Indian Medical Review
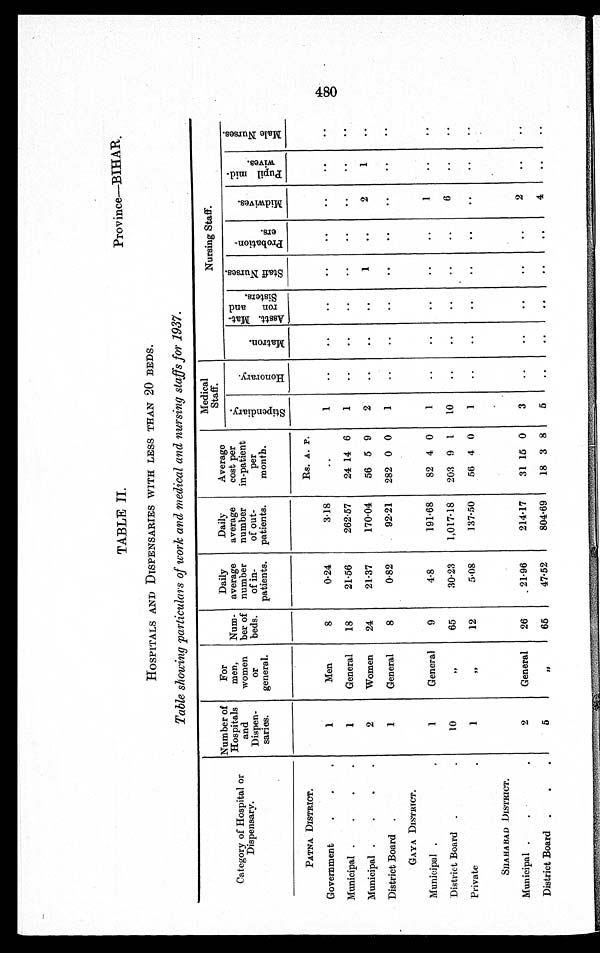
TABLE II. Province—BIHAR.
HOSPITALS AND DISPENSARIES WITH LESS THAN 20 BEDS.
Table showing particulars of work and medical and nursing staffs for 1937.
Category of Hospital or
Dispensary.
Number of
Hospitals
and
Dispen-
saries.
For
men,
women
or
general.
Num-
ber of
beds.
Daily
average
number
of in-
patients.
Daily
average
number
of out-
patients.
Average
cost per
in-patient
per
month.
Medical
Staff .
Nursing Staff.
S t i p e n d i a r y .
H o n o r a r y .
M a t r o n .
A s s t t . M a t .
r o n a n d
S i s t e r s .
S t a f f N u r s e s .
P r o b a t i o n .
ers.
M i f e i b r d .
P u p i l mi d .
wi ves .
M a l e N u r s e s .
PATNA DISTRICT.
Rs. A. P.
Government
.
.
.
1
Men
8
0.24
3.18
..
1
..
..
..
..
..
. .
. .
. .
Municipal .
.
.
.
1
General
18
21.56
262.57
24 14 6
1
..
..
..
..
..
. .
. .
. .
Municipal .
.
.
.
2
Women
24
21.37
170.04
56 5 9
2
..
..
. .
1
..
2
1
..
District Board
.
1
General
8
0.82
92.21
282 0 0
1
..
..
..
. .
. .
. .
. .
. .
GAYA DISTRICT.
Municipal .
.
1
General
9
4.8
191.68
82 4 0
1
..
..
..
..
..
1
. .
. .
District Board
.
.
10
, ,
65
30.23
1,017.18
203 9
1
10
. .
. .
. .
..
..
6
..
. .
Private
.
1
, ,
12
5.08
137.50
56 4 0
1
..
..
..
..
..
..
. .
. .
SHAHA BAD DISTRICT.
Municipal .
.
.
2
General
26
21.96
214.17
31 15 0
3
..
..
..
..
..
2
. .
. .
District Board
. . .
5
, ,
65
47.52
804.69
18 3 8
5
..
..
..
..
..
4
..
. .